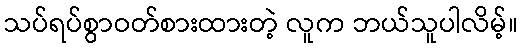
သပ်ရပ်စွာဝတ်စားထားတဲ့ လူက ဘယ်သူပါလိမ့်။